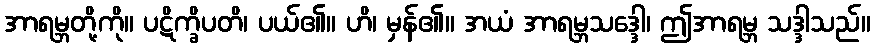
အာရမ္ဘတို့ကို။ ပဋိက္ခိပတိ၊ ပယ်၏။ ဟိ၊ မှန်၏။ အယံ အာရမ္ဘသဒ္ဒေါ၊ ဤအာရမ္ဘ သဒ္ဒါသည်။